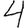
Digit: 4